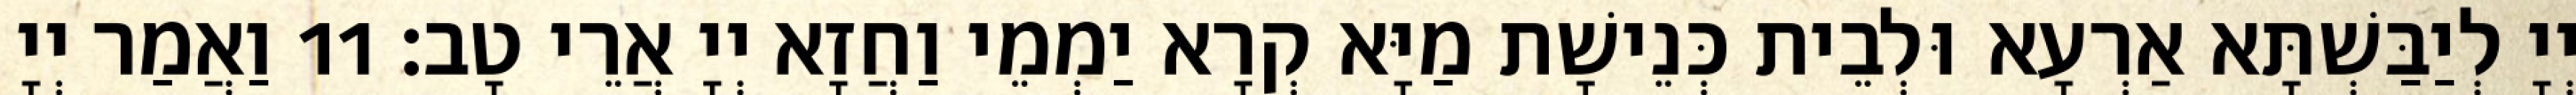
יְיָ לְיַבַּשְׁתָּא אַרְעָא וּלְבֵית כְּנֵישָׁת מַיָּא קְרָא יַמְמֵי וַחֲזָא יְיָ אֲרֵי טָב׃ 11 וַאֲמַר יְיָ